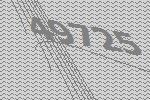
49725